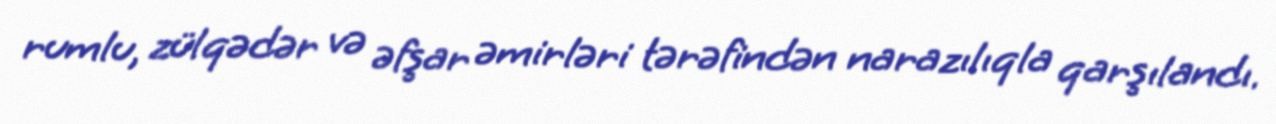
rumlu, zülqədər və əfşar əmirləri tərəfindən narazılıqla qarşılandı.